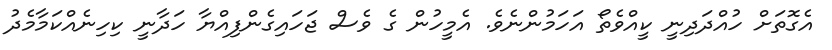
އެގޮތަށް ހުއްދަދިނީ ކީއްވެތޯ އަހަމުންނެވެ. އެމީހުން ގެ ވެސް ޖަހައިގެންފިއްޔާ ހަދާނީ ކިހިނެއްކަމާމެދު